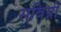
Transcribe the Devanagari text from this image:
सविग्नी